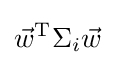
{\vec {w}}^{\mathrm {T} }\Sigma _{i}{\vec {w}}